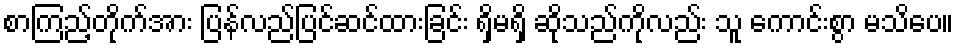
စာကြည့်တိုက်အား ပြန်လည်ပြင်ဆင်ထားခြင်း ရှိမရှိ ဆိုသည်ကိုလည်း သူ ကောင်းစွာ မသိပေ။